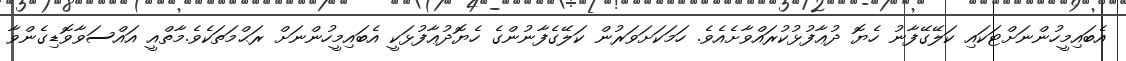
އެބައިމީހުންނަށްޓަކައި ކަލޭގޭފާނު ހެޔޮ ދުޢާފުޅުކުރައްވާށެއެވެ. ހަމަކަށަވަރުން ކަލޭގެފާނުންގެ ހެޔޮދުޢާފުޅަކީ އެބައިމީހުންނަށް ރަޙްމަތަކެވެ.މާތްއީ އައްސަވާވޮޑިގެންވާ